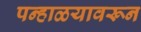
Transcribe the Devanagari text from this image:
पन्हाळयावरून